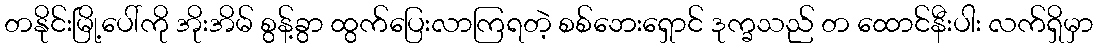
တနိုင်းမြို့ပေါ်ကို အိုးအိမ် စွန့်ခွာ ထွက်ပြေးလာကြရတဲ့ စစ်ဘေးရှောင် ဒုက္ခသည် တ ထောင်နီးပါး လက်ရှိမှာ